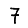
Digit: 7